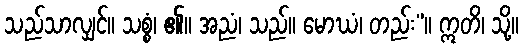
သည်သာလျှင်။ သစ္စံ၊ ၏။ အညံ၊ သည်။ မောဃံ၊ တည်း”။ ဣတိ၊ သို့။